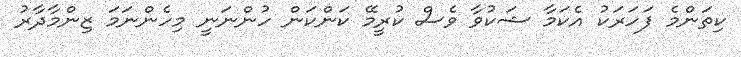
ކިތަންމެ ފަހަރަކު އެކަމާ ޝަކުވާ ވެސް ކުރީމޭ ކަންކަން ހުންނަނީ މިހެންނަމަ ޒިންމާދާރު